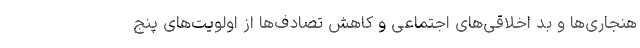
هنجاری‌ها و بد اخلاقی‌های اجتماعی و کاهش تصادف‌ها از اولویت‌های پنج